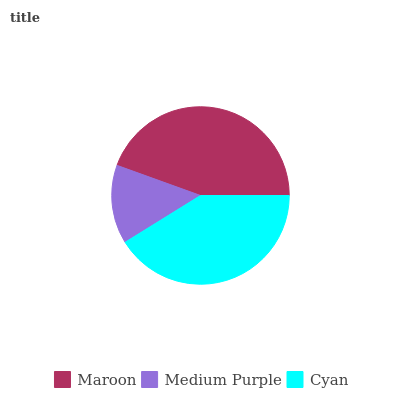
| Maroon | Medium Purple | Cyan |
 | --- | --- | --- |
 | 44.5% | 14.3% | 41.2% |